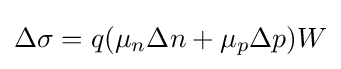
\Delta \sigma =q(\mu _{n}\Delta n+\mu _{p}\Delta p)W